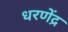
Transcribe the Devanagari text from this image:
धरणेंद्र